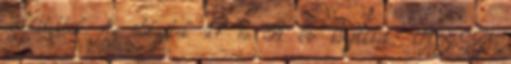
szállították. Az áldozatok 17 és 31 év közöttiek. VISSZA